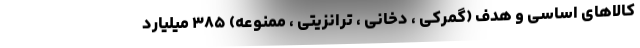
کالاهای اساسی و هدف (گمرکی ، دخانی ، ترانزیتی ، ممنوعه) ۳۸۵ میلیارد